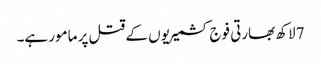
7 لاکھ بھارتی فوج کشمیریوں کے قتل پر مامور ہے۔